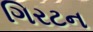
ગિરટન